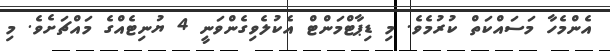
އެންމެހާ މަސައްކަތް ކުރުމެވެ. މި ޑިޕާޓްމަންޓް އެކުލެވިގެންވަނީ 4 ޔުނިޓެއްގެ މައްޗަށެވެ. މި